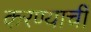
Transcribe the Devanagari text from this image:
करण्याचीं